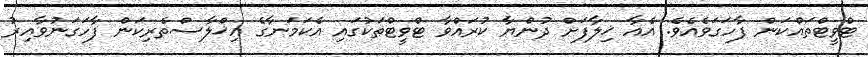
ޓްވީޓްތައްކަން ފާހަގަވެއެވެ. އެއާ ޚިލާފަށް ދުންޔާ ކުރައްވާ ޓްވީޓްތަކުގައި އެކަމަނާގެ އިޚްލާސްތެރިކަން ފާހަގަނުވާއިރު